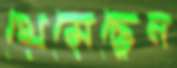
থেমেছেন